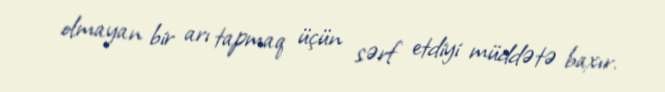
olmayan bir arı tapmaq üçün sərf etdiyi müddətə baxır.